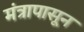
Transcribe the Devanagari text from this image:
मंत्रापासून